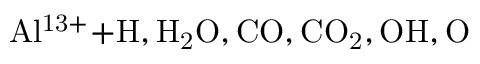
\mathrm { A l ^ { 1 3 + } \mathrm { + H , H _ { 2 } O , C O , C O _ { 2 } , O H , O } }